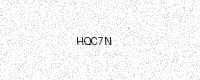
Text: HQC7N